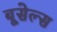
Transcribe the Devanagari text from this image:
बूसेल्स